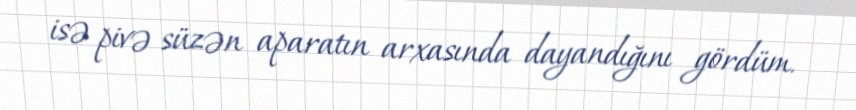
isə pivə süzən aparatın arxasında dayandığını gördüm.